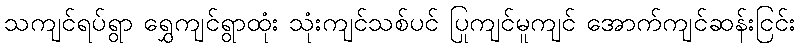
သကျင်ရပ်ရွာ ရွှေကျင်ရွာထုံး သုံးကျင်သစ်ပင် ပြုကျင်မူကျင် အောက်ကျင်ဆန်းငြင်း